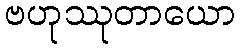
ဗဟုဿုတာယော